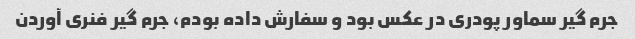
جرم گیر سماور پودری در عکس بود و سفارش داده بودم، جرم گیر فنری آوردن